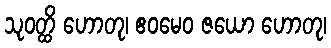
သုဝတ္ထိ ဟောတု၊ ဧဝမေဝ ဇယော ဟောတု၊